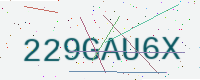
Text: 229GAU6X